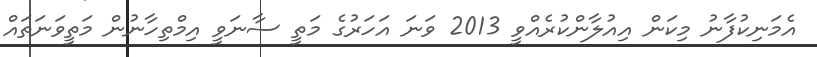
އެމަނިކުފާނު މިކަން އިއުލާންކުރެއްވީ 2013 ވަނަ އަހަރުގެ މަތީ ސާނަވީ އިމްތިހާނުން މަތީވަނަތައް